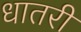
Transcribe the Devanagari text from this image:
धातरी